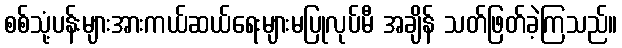
စစ်သုံ့ပန်းများအားကယ်ဆယ်ရေးများမပြုလုပ်မီ အချိန် သတ်ဖြတ်ခဲ့ကြသည်။